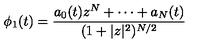
\phi _ { 1 } ( t ) = \frac { a _ { 0 } ( t ) z ^ { N } + \cdots + a _ { N } ( t ) } { ( 1 + | z | ^ { 2 } ) ^ { N / 2 } }